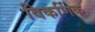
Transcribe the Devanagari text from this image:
विकर्णिक